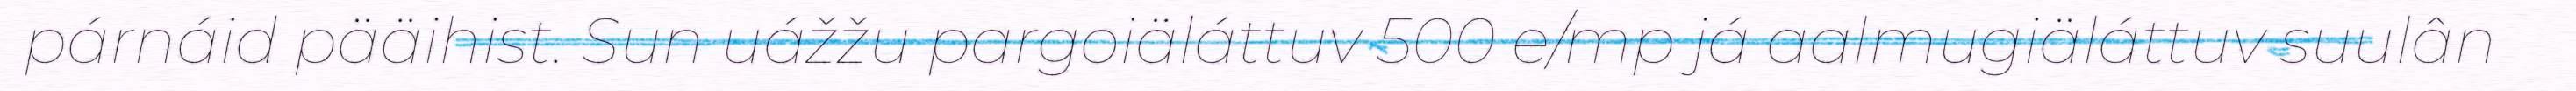
párnáid pääihist. Sun uážžu pargoiäláttuv 500 e/mp já aalmugiäláttuv suulân